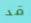
قد